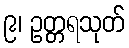
၉၊ ဥတ္တရသုတ်